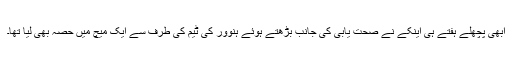
ابھی پچھلے ہفتے ہی اینکے نے صحت یابی کی جانب بڑھتے ہوئے ہنوور کی ٹیم کی طرف سے ایک میچ میں حصہ بھی لیا تھا۔